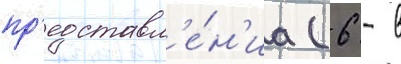
пр'едставл'е́н'иа (6 - в